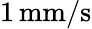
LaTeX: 1\, \textrm{mm/s}